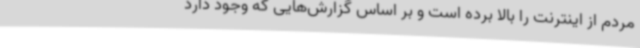
مردم از اینترنت را بالا برده است و بر اساس گزارش‌هایی که وجود دارد